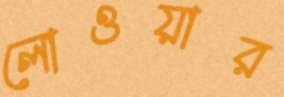
লোওয়ার